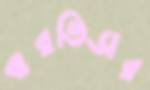
বারভিডার